Annual report on the working of the mental hospitals in the Madras Presidency - 1912-1932
Year: 1912
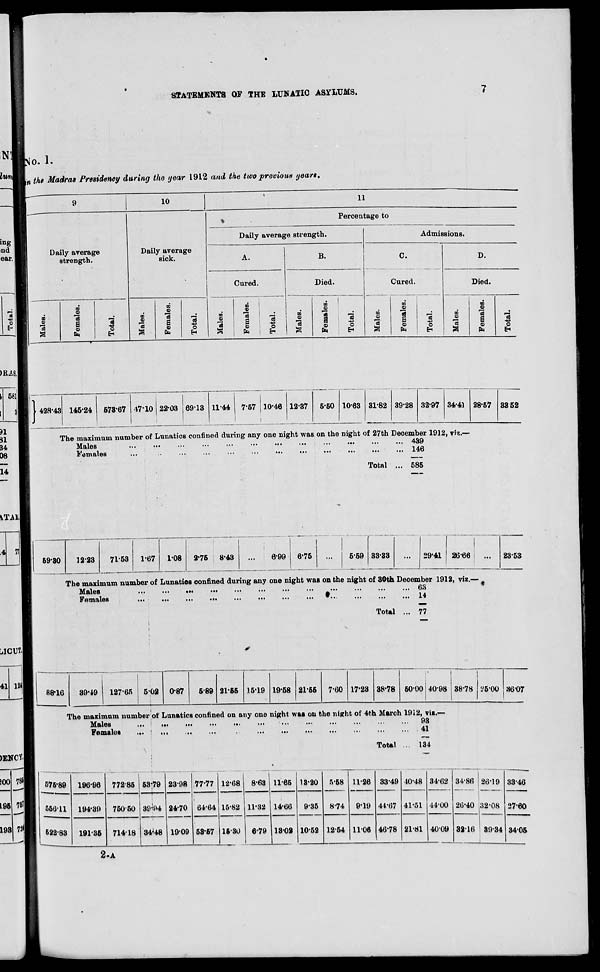
STATEMENTS OF THE LUNATIC ASYLUMS.
io. I.
L the Madras Presidency during the yean- 19L2 and the two previous years.
Daily average
strength.
10
11
%
Percentage to
Daily average strength.
Admissions.
Daily average
sick.
A.
B.
C.
D.
>
Cured.
Died.
Cured.
Died.
i 3
DC
Q
3
S 5
|5BI
"3
o
3
Females.
Total.
to
0)
-3
to
e
1
H
o
EH
Males.
Females.
3
o
00
111
3
m
9
S
05
"3
O
E-t
5811
»
428-43 145-24
673-67 47-10 22-03 | 6913 11-44 7-57 | 10-46 1237
5-50 1063 31-82 3928 32-97 34-41 28-57
*1* ■
The maximum number of Lunatics confined during any one night was on the night of 27th December 1912, vis.-
34 I
Males
146
Q 8 I
Females
__
™
Total ... 585
3352
59-80
12-23
71-53
1-67
1-08
2-76 8-43
6-99
6-75
5-59 33-33
29-41 ! 2666
The maximum number of Lunatios confined during any one night was on the night of 30th Deoember 1912, viz.— f
Males
»'"
,'.
Females
2353
Total
77
121
88-16
39-49
127*65 | 502 0-87
5-89 21-65 15-19 19-58 2155
7-60 17'23 38-78 50-001 40-98 | 38-78 | 25-00 3607
The maximum number of Lunatics confined on any one night was on the night of 4th March 1912, viz.—
Males
...
.i.
...
...
...
...
...
•-
...
...
...
...
93
Females
... | .,,
...
...
...
...
...
...
...
...
...
41
Total
134
>00 78*
76?
1*
[ 575*89
566-11
1 522-83
196-96 772-85 53-79 23-98 77-77 12-68 8-63 11-65 18-20 5-68
8-74
11-26
9-19
33-49
44-67
10-48 34-62
44-00
3486 26-19
26-40 32-08
3346
L96
194-39
750-50 89(94
34-48
24-70 64-64 15-82 11-32 14-66
9-35
41-51
27-60
193
191-36 714-18
19-09 53-67 1630
6-79 1302 1052 1254 1106 46-78 21-81 4009 3216 ' 89-34
l
3405
2-A